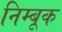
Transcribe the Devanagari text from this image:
निम्बूक